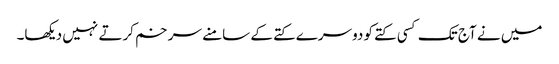
میں نے آج تک کسی کتے کو دوسرے کتے کے سامنے سر خم کرتے نہیں دیکھا۔